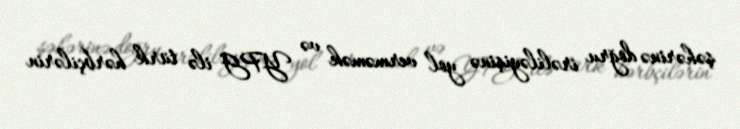
şəhərinə doğru irəliləyişinə yol verməmək və YPG ilə türk hərbçilərin